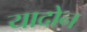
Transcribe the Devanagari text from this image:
यादोन